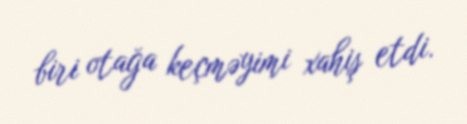
biri otağa keçməyimi xahiş etdi.